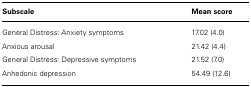
| Subscale | Mean score |
 | --- | --- |
 | General Distress: Anxiety symptoms | 17.02 (4.0) |
 | Anxious arousal | 21.42 (4.4) |
 | General Distress: Depressive symptoms | 21.52 (7.0) |
 | Anhedonic depression | 54.49 (12.6) |